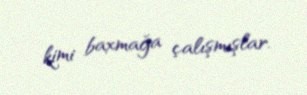
kimi baxmağa çalışmışlar.